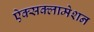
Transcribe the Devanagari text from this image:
ऐक्सक्लामेशन